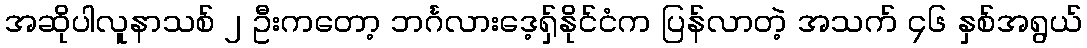
အဆိုပါလူနာသစ် ၂ ဦးကတော့ ဘင်္ဂလားဒေ့ရှ်နိုင်ငံက ပြန်လာတဲ့ အသက် ၄၆ နှစ်အရွယ်